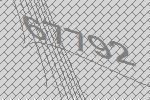
67792